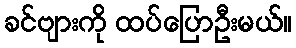
ခင်ဗျားကို ထပ်ပြောဦးမယ်။